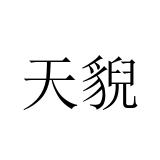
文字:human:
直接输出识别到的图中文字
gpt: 天貎